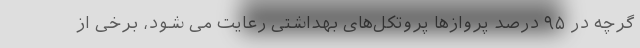
گرچه در ۹۵ درصد پروازها پروتکل‌های بهداشتی رعایت می شود، برخی از